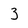
Character: 3